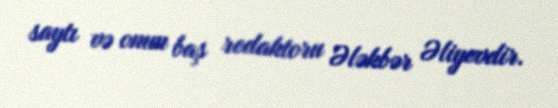
saytı və onun baş redaktoru Ələkbər Əliyevdir.